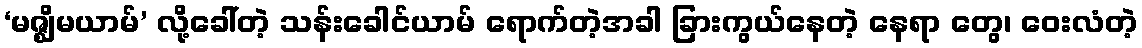
‘မဇ္ဈိမယာမ်’ လို့ခေါ်တဲ့ သန်းခေါင်ယာမ် ရောက်တဲ့အခါ ခြားကွယ်နေတဲ့ နေရာ တွေ၊ ဝေးလံတဲ့